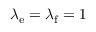
\lambda _ { \mathrm { e } } = \lambda _ { \mathrm { f } } = 1